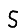
Digit: 5